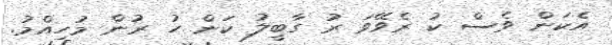
އެކަން ވެސް ކު ރެވޭވަ ރު ގާބީލު ކަން ހު ރުން މުހިއްމު.